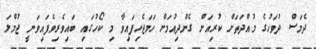
ދެމަސް ދުވަހުގެ މުއްދަތަށް ކުރިއަށް ގެންދިއުމަށް ހަމަޖެހިފައިވާ މި ކޯހުގައި ބައިވެރިވެފައިވަނީ ޖުމްލަ